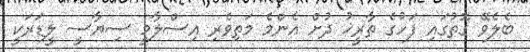
ބެލެވޭ ގޮތުގައި ފަހުގެ ތާރީޚު ދުށް އެންމެ މަތިވެރި އިސްލާމީ ސިޔާސީ ލީޑަރަކީ